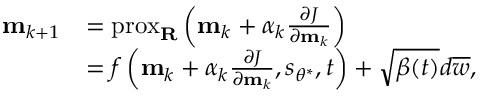
\begin{array} { r l } { \mathbf { m } _ { k + 1 } } & { = \operatorname { p r o x } _ { \mathbf { R } } \left( \mathbf { m } _ { k } + \alpha _ { k } \frac { \partial J } { \partial \mathbf { m } _ { k } } \right) } \\ & { = f \left( \mathbf { m } _ { k } + \alpha _ { k } \frac { \partial J } { \partial \mathbf { m } _ { k } } , \boldsymbol { s } _ { \theta ^ { * } } , t \right) + \sqrt { \beta ( t ) } d \overline { { \boldsymbol { w } } } , } \end{array}